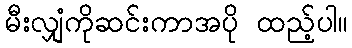
မီးလျှံကိုဆင်းကာအပို ထည့်ပါ။